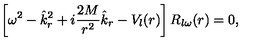
\left[ \omega ^ { 2 } - \hat { k } _ { r } ^ { 2 } + i { \frac { 2 M } { r ^ { 2 } } } \hat { k } _ { r } - V _ { l } ( r ) \right] R _ { l \omega } ( r ) = 0 ,